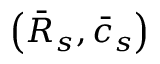
\left( \bar { \cal R } _ { s } , \bar { c } _ { s } \right)